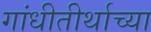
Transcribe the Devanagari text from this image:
गांधीतीर्थाच्या